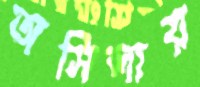
অসিলায়